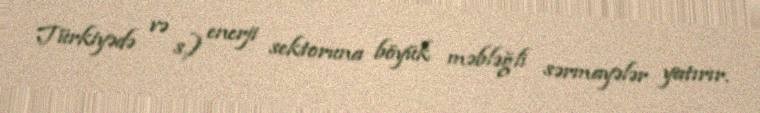
Türkiyədə və s.) enerji sektoruna böyük məbləğli sərmayələr yatırır.